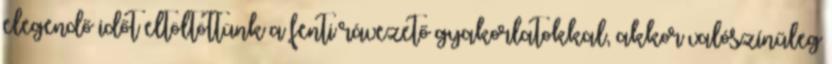
elegendő időt eltöltöttünk a fenti rávezető gyakorlatokkal, akkor valószínűleg